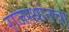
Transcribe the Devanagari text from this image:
राजस्थांनचा